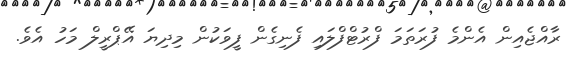
ރާއްޖެއިން އެންމެ ފުރަތަމަ ފްރުޓްފްލައި ފެނިގެން ފީވަކުން މިިދިޔަ އޭޕްރީލް މަހު އެވެ.